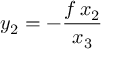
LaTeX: y _ { 2 } = - { \frac { f \, x _ { 2 } } { x _ { 3 } } }